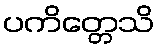
ပကိတ္တေသိ